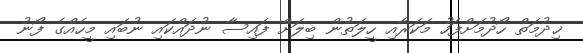
ޚިދުމަތް ހޯދުމަށްފަހު މަކަރާއި ހީލަތުން ބިލަށް ފައިސާ ނުދައްކައި ނުބައި މީހެއްގެ ފޯނު